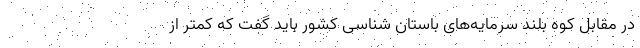
در مقابل کوه بلند سرمایه‌های باستان شناسی کشور باید گفت که کمتر از